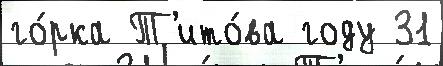
го́рка Т'ито́ва году 31